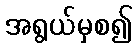
အရွယ်မှစ၍